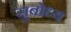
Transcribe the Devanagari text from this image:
सुबोध्य